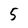
Character: 5